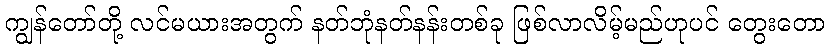
ကျွန်တော်တို့ လင်မယားအတွက် နတ်ဘုံနတ်နန်းတစ်ခု ဖြစ်လာလိမ့်မည်ဟုပင် တွေးတော